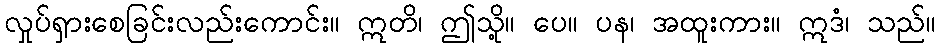
လှုပ်ရှားစေခြင်းလည်းကောင်း။ ဣတိ၊ ဤသို့။ ပေ။ ပန၊ အထူးကား။ ဣဒံ၊ သည်။